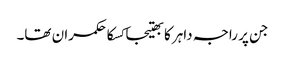
جن پر راجہ داہر کا بھتیجا کسکا حکمران تھا۔